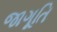
જાગૂતિ